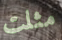
مثلت